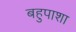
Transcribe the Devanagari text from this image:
बहुपाशा